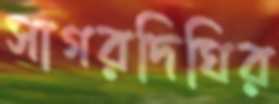
সাগরদিঘির